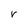
Character: r